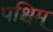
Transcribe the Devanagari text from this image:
पश्चिम्